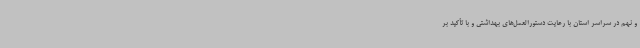
و نهم در سراسر استان با رعایت دستورالعمل‌های بهداشتی و با تأکید بر